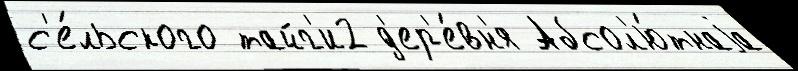
с'е́льского тайг'и2 д'ер'е́вн'я Абсол'ю́тнаjа